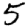
Digit: 5